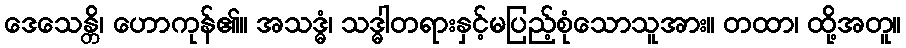
ဒေသေန္တိ၊ ဟောကုန်၏။ အသဒ္ဓံ၊ သဒ္ဓါတရားနှင့်မပြည့်စုံသောသူအား။ တထာ၊ ထို့အတူ။